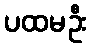
ပထမဦး